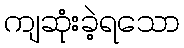
ကျဆုံးခဲ့ရသော